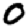
Digit: 0